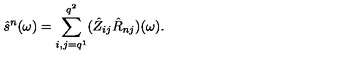
\hat { s } ^ { n } ( \omega ) = \sum _ { i , j = q ^ { 1 } } ^ { q ^ { 2 } } ( \hat { Z } _ { i j } \hat { R } _ { n j } ) ( \omega ) .